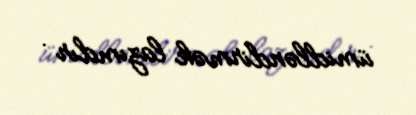
ümidləndirmək lazımdır .